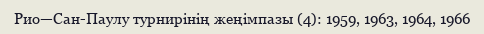
Рио—Сан-Паулу турнирінің жеңімпазы (4): 1959, 1963, 1964, 1966